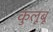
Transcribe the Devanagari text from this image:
कुलूबू